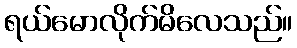
ရယ်မောလိုက်မိလေသည်။